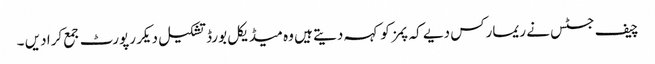
چیف جسٹس نے ریمارکس دیے کہ پمز کو کہہ دیتے ہیں وہ میڈیکل بورڈ تشکیل دیکر رپورٹ جمع کرا دیں ۔